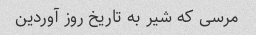
مرسی که شیر به تاریخ روز آوردین